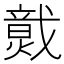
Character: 𤎷